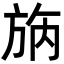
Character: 𣃰